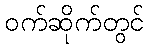
ဝက်ဆိုက်တွင်